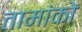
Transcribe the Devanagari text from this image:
तामांको